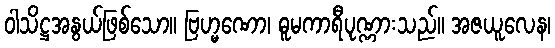
ဝါသိဋ္ဌအနွယ်ဖြစ်သော။ ဗြဟ္မဏော၊ ဓူမကာရီပုဏ္ဏားသည်။ အဇယူလေန၊